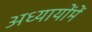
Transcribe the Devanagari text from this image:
अध्यायोंमें